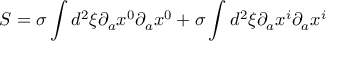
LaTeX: S = \sigma \int d ^ { 2 } \xi \partial _ { a } x ^ { 0 } \partial _ { a } x ^ { 0 } + \sigma \int d ^ { 2 } \xi \partial _ { a } x ^ { i } \partial _ { a } x ^ { i }